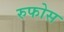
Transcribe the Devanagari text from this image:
रुफोस